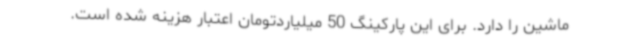
ماشین را دارد. برای این پارکینگ 50 میلیاردتومان اعتبار هزینه شده است.